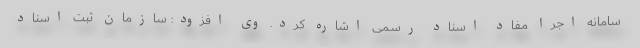
سامانه اجرا مفاد اسناد رسمی اشاره کرد. وی افزود: سازمان ثبت اسناد